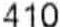
410